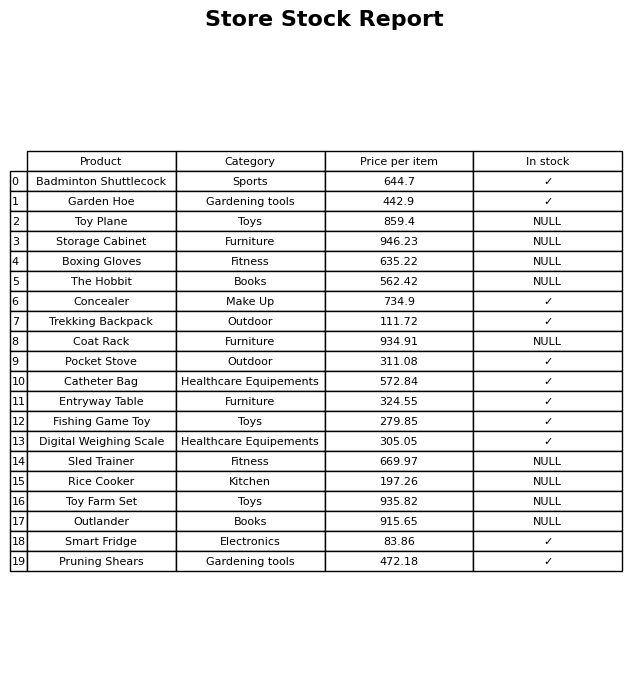
question: Which products are currently out of stock?
answer: Toy Plane, Storage Cabinet, Boxing Gloves, The Hobbit, Coat Rack, Sled Trainer, Rice Cooker, Toy Farm Set, Outlander